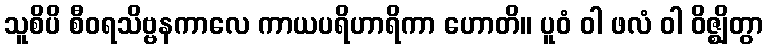
သူစိပိ စီဝရသိဗ္ဗနကာလေ ကာယပရိဟာရိကာ ဟောတိ။ ပူဝံ ဝါ ဖလံ ဝါ ဝိဇ္ဈိတွာ